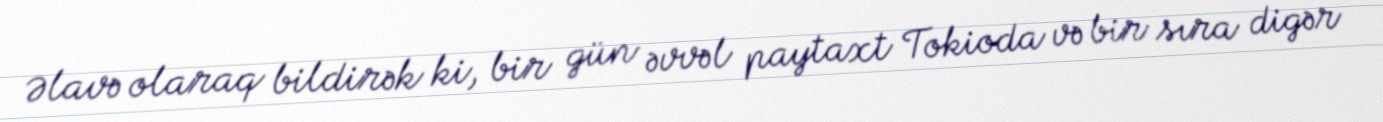
Əlavə olaraq bildirək ki, bir gün əvvəl paytaxt Tokioda və bir sıra digər